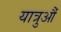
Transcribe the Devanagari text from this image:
यात्रुऔं